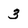
Character: 3